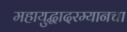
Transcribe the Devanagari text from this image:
महायुद्धादरम्यानचा